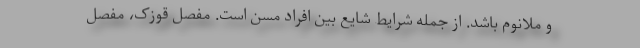
و ملانوم باشد. از جمله شرایط شایع بین افراد مسن است. مفصل قوزک، مفصل